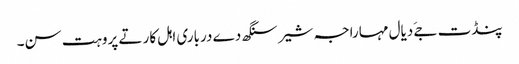
پنڈت جےَ دیال مہاراجہ شیر سنگھ دے درباری اہل کار تے پروہت سن۔